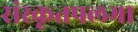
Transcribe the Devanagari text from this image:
संस्कृतपलभा